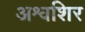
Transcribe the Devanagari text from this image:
अश्वशिर